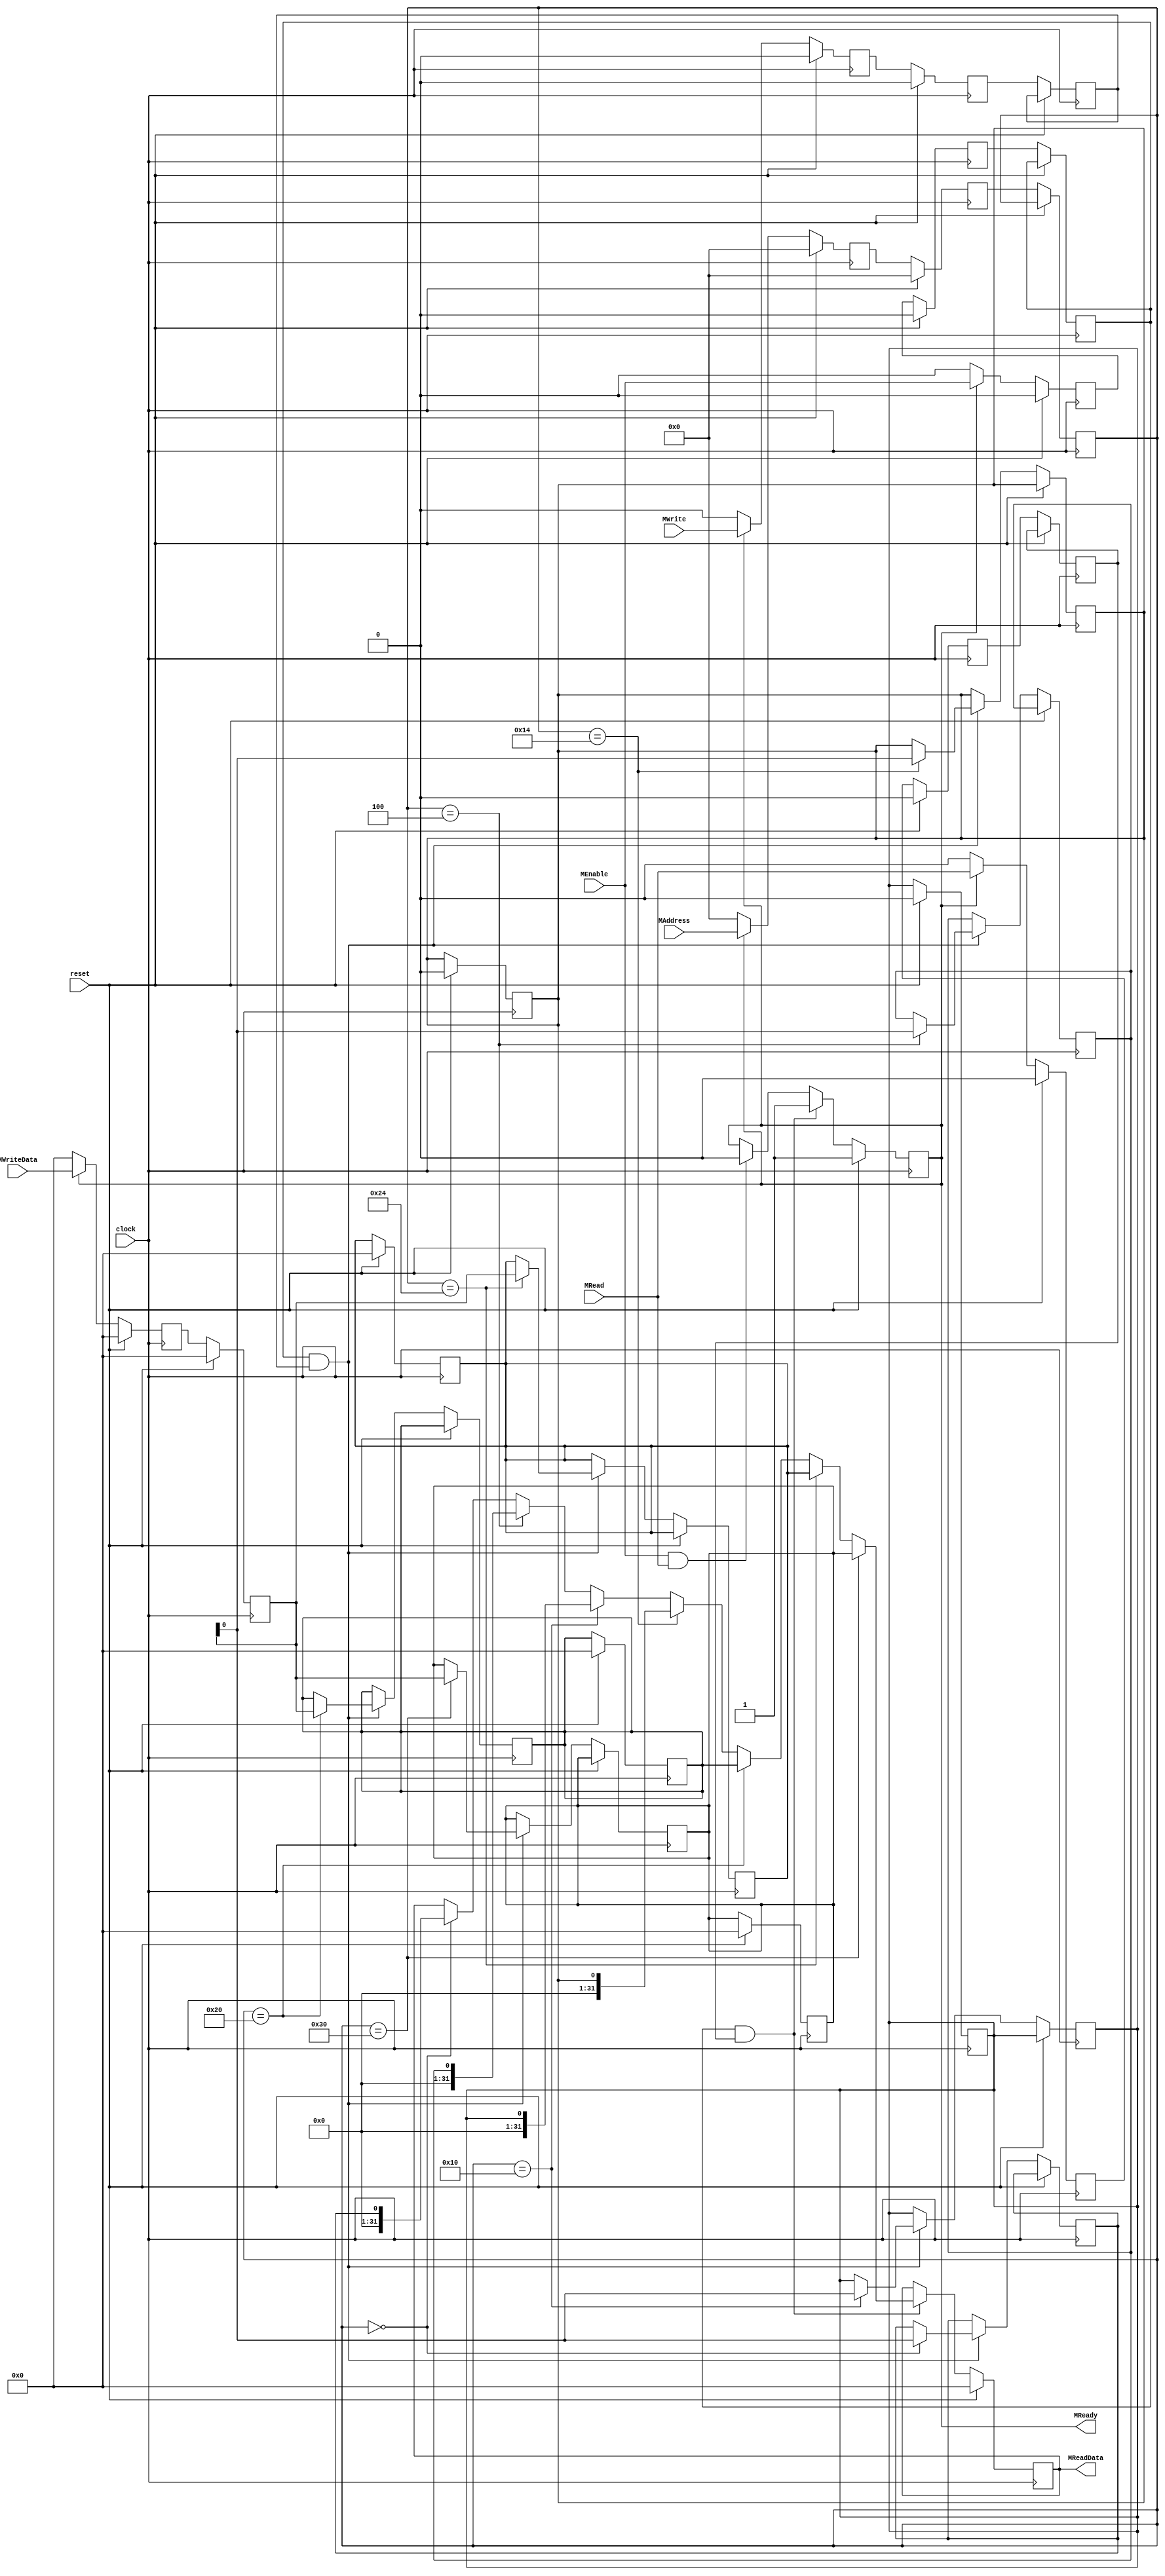
`define ADDR_TX_ENABLE	24'h00_0000
`define ADDR_RX_ENABLE	24'h00_0004
`define ADDR_TX_FLAG	24'h00_0010
`define ADDR_RX_FLAG	24'h00_0014
`define ADDR_TX_DATA	24'h00_0020
`define ADDR_RX_DATA	24'h00_0024
`define ADDR_BAUDRATE	24'h00_0030

`define WAIT_STATE 2
`define WS `WAIT_STATE

module uart(
	clock,
	reset,
	MRead,
	MWrite,
	MEnable,
	MAddress,
	MWriteData,
	MReadData,
	MReady
);
	input  clock;
	input  reset;
	input  MRead;
	input  MWrite;
	input  MEnable;
	input  [23:0] MAddress;
	input  [31:0] MWriteData;
	output [31:0] MReadData;
	output MReady;

	reg [31:0] MReadData;
	reg MReady;

	reg REG_MEnable [`WS:0];
	reg REG_MRead   [`WS:0];
	reg REG_MWrite  [`WS:0];
	reg [23:0] REG_MAddress   [`WS:0];
	reg [31:0] REG_MWriteData [`WS:0];

	wire xMEnable=REG_MEnable[`WS];
	wire xMRead  =REG_MRead[`WS];
	wire xMWrite =REG_MWrite[`WS];
	wire [23:0] xMAddress  =REG_MAddress[`WS];
	wire [31:0] xMWriteData=REG_MWriteData[`WS-1];

	reg TX_ENABLE;
	reg RX_ENABLE;
	reg TX_FLAG;
	reg RX_FLAG;
	reg [31:0] TX_DATA;
	reg [31:0] RX_DATA;
	reg [31:0] BAUDRATE;

	integer i;

	always@(negedge clock)begin
		if(reset)begin
			TX_FLAG <=1'b0;
			RX_FLAG <=1'b0;
			TX_DATA <=32'b0;
			RX_DATA <=32'b0;
			BAUDRATE<=32'b0;
			for(i=0;i<`WS;i=i+1) REG_MEnable[i]	<=1'b0;
			for(i=0;i<`WS;i=i+1) REG_MRead[i]	<=1'b0;
			for(i=0;i<`WS;i=i+1) REG_MWrite[i]	<=1'b0;
			for(i=0;i<`WS;i=i+1) REG_MAddress[i]	<=24'b0;
			for(i=0;i<`WS;i=i+1) REG_MWriteData[i]	<=32'b0;
		end
		else begin
			if(MReady)begin
				REG_MEnable[0]	  <=MEnable;
				REG_MRead[0]	  <=MRead;
				REG_MWrite[0]	  <=MWrite;
				REG_MAddress[0]	  <=MAddress;
				REG_MWriteData[0] <=MWriteData;
			end
			else begin
				REG_MEnable[0]	  <=1'b0;
				REG_MRead[0]	  <=1'b0;
				REG_MWrite[0]	  <=1'b0;
				REG_MAddress[0]	  <=24'b0;
				REG_MWriteData[0] <=32'b0;
			end
			for(i=0;i<`WS;i=i+1) REG_MEnable[i+1]	<=REG_MEnable[i];
			for(i=0;i<`WS;i=i+1) REG_MRead[i+1]	<=REG_MRead[i];
			for(i=0;i<`WS;i=i+1) REG_MWrite[i+1]	<=REG_MWrite[i];
			for(i=0;i<`WS;i=i+1) REG_MAddress[i+1]	<=REG_MAddress[i];
			for(i=0;i<`WS;i=i+1) REG_MWriteData[i+1]<=REG_MWriteData[i];

		end
	end

	always@(posedge clock)begin
		if(reset)begin
			MReadData<=32'b0;
			MReady<=1'b1;
		end
		else begin
			if(MEnable&&MRead)begin
				MReady<=1'b0;
			end
			if(xMEnable&&xMWrite)begin
				if(xMAddress==`ADDR_TX_ENABLE) TX_ENABLE<=xMWriteData[0];
				if(xMAddress==`ADDR_RX_ENABLE) RX_ENABLE<=xMWriteData[0];
				if(xMAddress==`ADDR_TX_FLAG)   TX_FLAG  <=xMWriteData[0];
				if(xMAddress==`ADDR_RX_FLAG)   RX_FLAG  <=xMWriteData[0];
				if(xMAddress==`ADDR_TX_DATA)   TX_DATA  <=xMWriteData;
				if(xMAddress==`ADDR_RX_DATA)   RX_DATA  <=xMWriteData;
				if(xMAddress==`ADDR_BAUDRATE)  BAUDRATE <=xMWriteData;
			end
			if(xMEnable&&xMRead)begin
				MReady<=1'b1;
				if(xMAddress==`ADDR_TX_ENABLE) MReadData<=32'b0|TX_ENABLE;
				if(xMAddress==`ADDR_RX_ENABLE) MReadData<=32'b0|RX_ENABLE;
				if(xMAddress==`ADDR_TX_FLAG)   MReadData<=32'b0|TX_FLAG;
				if(xMAddress==`ADDR_RX_FLAG)   MReadData<=32'b0|RX_FLAG;
				if(xMAddress==`ADDR_TX_DATA)   MReadData<=TX_DATA;
				if(xMAddress==`ADDR_RX_DATA)   MReadData<=RX_DATA;
				if(xMAddress==`ADDR_BAUDRATE)  MReadData<=BAUDRATE;
			end
		end
	end
endmodule